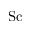
\mathrm { S c }